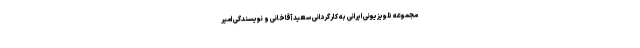
مجموعه تلویزیونی ایرانی به کارگردانی سعید آقاخانی و نویسندگی امیر